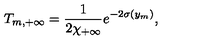
T _ { m , + \infty } = { \frac { 1 } { \displaystyle { 2 \chi _ { + \infty } } } } e ^ { - 2 \sigma ( y _ { m } ) } , \,